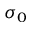
\sigma _ { 0 }